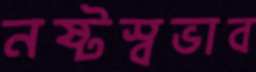
নষ্টস্বভাব